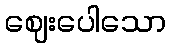
ဈေးပေါသော